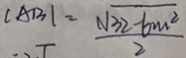
\vert A B \vert = \frac { \sqrt { 3 2 - 6 m ^ { 2 } } } { 2 }